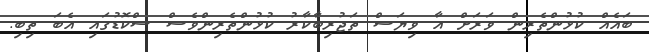
ބައެއް ކުޅުންތެރިން ވަރަށް އާ ވިޔަސް ތަޖުރިބާކާރު ކުޅުންތެރިންވެސް ސްކޮޑުގައި އެބަ ތިބި.